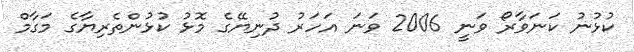
ކުޅުނު ކަނަވާރޯ ވަނީ 2006 ވަނަ އަހަރު ދުނިޔޭގެ މޮޅު ކުޅުންތެރިޔާގެ މަގާމް